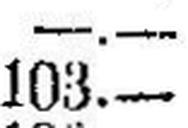
103.—